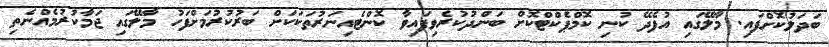
ބަދަލުކޮށްފައި. މާލޭގައި އުފެދޭ ކުނި ކޮމްޕެކްޓްކޮށް ބަންދުކުރެވިފައިވާ ކޮންޓެއިނަރުތަކަކަށް ބަރުކުރުމަށްފަހު މާލޭގައި ޖަމާކުރުމެއްނެތި